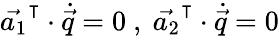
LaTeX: \vec{a_{1}}^{\intercal}\cdot\dot{\vec{q}}=0\mathrm{~,~}\vec{a_{2}}^{\intercal}\cdot\dot{\vec{q}}=0